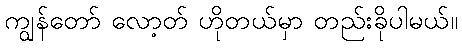
ကျွန်တော် လော့တ် ဟိုတယ်မှာ တည်းခိုပါမယ်။